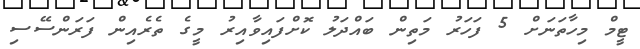
ޓީމް މިހާތަނަށް 5 ފަހަރު މަތިން ބައްދަލު ކޮށްފައިވާއިރު މީގެ ތެރެއިން ފަރަންސޭސި